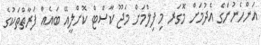
އަންހެނުންގެ އެދުމަށް މޮގަރ މި ފިލްމަށް މަޖޫ ކާސްޓް ކޮށްލީއޭ ބައެއް ފަރާތްތަކުގެ